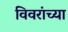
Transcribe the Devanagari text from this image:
विवरांच्या